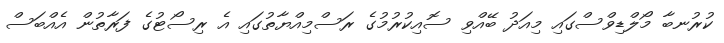
ކުރުނބާ މޯލްޑިވްސްގައި މިއަދު ބޭއްވި ސޮއިކުރުމުގެ ރަސްމިއްޔާތުގައި އެ ރިސޯޓުގެ ފަރާތުން އެއްބަސް